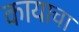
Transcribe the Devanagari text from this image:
कायाचा